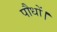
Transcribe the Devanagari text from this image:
पौधों।